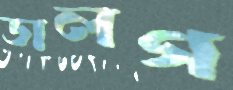
ডালগ